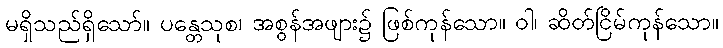
မရှိသည်ရှိသော်။ ပန္တေသုစ၊ အစွန်အဖျား၌ ဖြစ်ကုန်သော။ ဝါ၊ ဆိတ်ငြိမ်ကုန်သော။